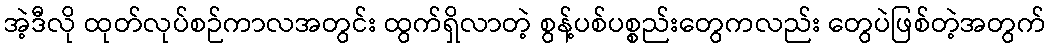
အဲ့ဒီလို ထုတ်လုပ်စဉ်ကာလအတွင်း ထွက်ရှိလာတဲ့ စွန့်ပစ်ပစ္စည်းတွေကလည်း တွေပဲဖြစ်တဲ့အတွက်